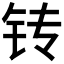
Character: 𲇲